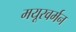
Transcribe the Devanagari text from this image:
मयूरवर्मन